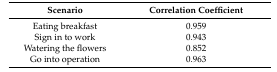
| Scenario | Correlation Coefficient |
 | --- | --- |
 | Eating breakfast | 0.959 |
 | Sign in to work | 0.943 |
 | Watering the flowers | 0.852 |
 | Go into operation | 0.963 |